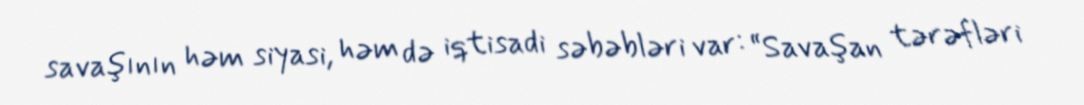
savaşının həm siyasi, həm də iqtisadi səbəbləri var: “Savaşan tərəfləri